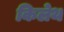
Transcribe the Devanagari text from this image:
किलेथ